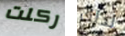
ركلت لذلك